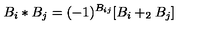
B _ { i } * B _ { j } = ( - 1 ) ^ { B _ { i j } } [ B _ { i } + _ { 2 } B _ { j } ]